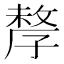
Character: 孷